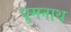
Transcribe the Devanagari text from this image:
धूमनाथ